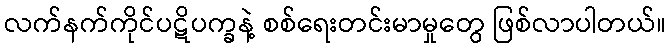
လက်နက်ကိုင်ပဋိပက္ခနဲ့ စစ်ရေးတင်းမာမှုတွေ ဖြစ်လာပါတယ်။